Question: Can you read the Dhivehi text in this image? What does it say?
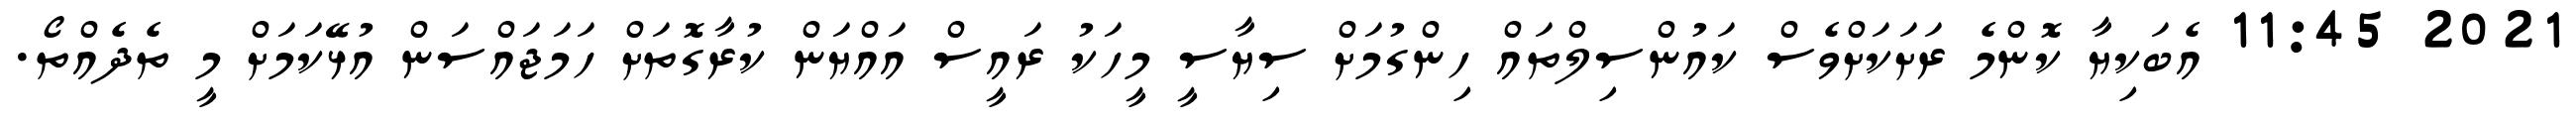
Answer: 2021 11:45 އެބަކިޔާ ކޮންމެ ރަށަކަށްވެސް ކައުންސިލްތައް ހިންގުމަށް ސިޔާސީ މީހަކު ރައީސް އައްޔަން ކުރާގޮތަށް ހަމަޖައްސަން އުޅޭކަމަށް މީ ތެދެއްތޯ.